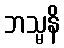
ဘသ္မနိ